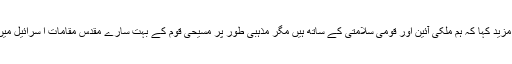
انہوں نے مزید کہا کہ ہم ملکی آئین اور قومی سلامتی کے ساتھ ہیں مگر مذہبی طور پر مسیحی قوم کے بہت سارے مقدس مقامات ا سرائیل میں واقع ہیں۔